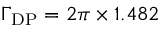
\Gamma _ { \mathrm { D P } } = 2 \pi \times 1 . 4 8 2